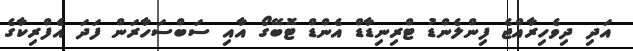
އަދި ދިވެހިރާއްޖެ ފިންލެންޑު ޓްރިނިޑާޑް އެންޑް ޓޮބޭގޯ އާއި ސަބްސަހާރަން ފަދަ އެެފްރިކާގެ